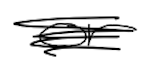
Text: or
Cross-out: scratch
Writing tool: digital_black